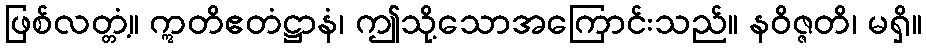
ဖြစ်လတ္တံ့။ ဣတိဧတံဋ္ဌာနံ၊ ဤသို့သောအကြောင်းသည်။ နဝိဇ္ဇတိ၊ မရှိ။